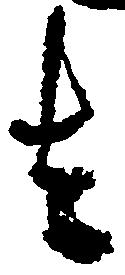
者